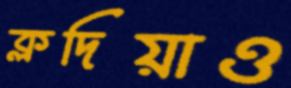
ক্লদিয়াও